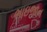
ભાઇજાન